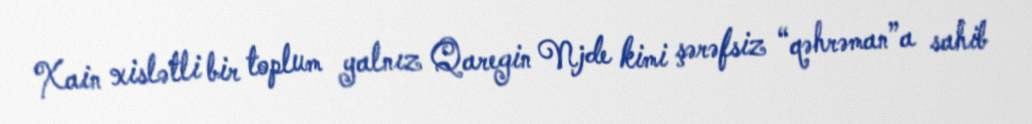
Xain xislətli bir toplum yalnız Qaregin Njde kimi şərəfsiz “qəhrəman”a sahib